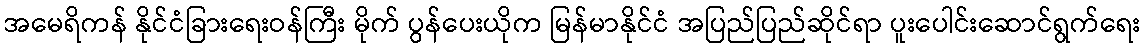
အမေရိကန် နိုင်ငံခြားရေးဝန်ကြီး မိုက် ပွန်ပေးယိုက မြန်မာနိုင်ငံ အပြည်ပြည်ဆိုင်ရာ ပူးပေါင်းဆောင်ရွက်ရေး